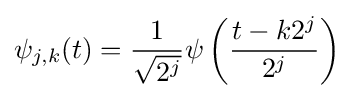
\psi _{j,k}(t)={\frac {1}{\sqrt {2^{j}}}}\psi \left({\frac {t-k2^{j}}{2^{j}}}\right)